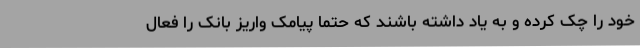
خود را چک کرده و به یاد داشته باشند که حتماً پیامک واریز بانک را فعال